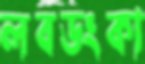
লবডংকা